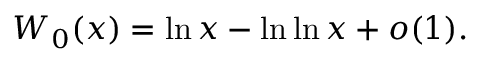
W _ { 0 } ( x ) = \ln x - \ln \ln x + o ( 1 ) .